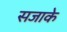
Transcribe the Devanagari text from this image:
सजाके